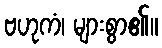
ဗဟုကံ၊ များစွာ၏။